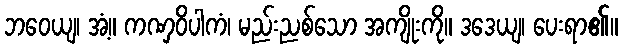
ဘဝေယျ၊ အံ့။ ကဏှဝိပါကံ၊ မည်းညစ်သော အကျိုးကို။ ဒဒေယျ၊ ပေးရာ၏။